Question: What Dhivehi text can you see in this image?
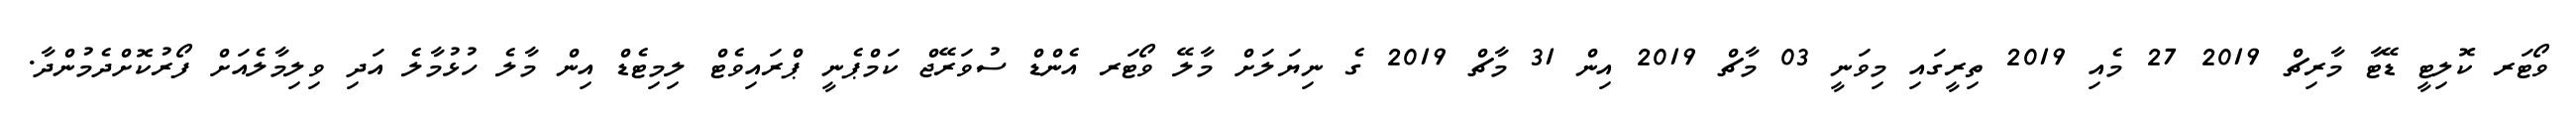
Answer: ވޯޓަރ ކޮލިޓީ ޑޭޓާ މާރިޗް 2019 27 މެއި 2019 ތިރީގައި މިވަނީ 03 މާޗް 2019 އިން 31 މާޗް 2019 ގެ ނިޔަލަށް މާލޭ ވޯޓަރ އެންޑް ސުވަރޭޖް ކަމްޕެނީ ޕްރައިވެޓް ލިމިޓެޑް އިން މާލެ ހުޅުމާލެ އަދި ވިލިމާލެއަށް ފޯރުކޮށްދެމުންދާ.